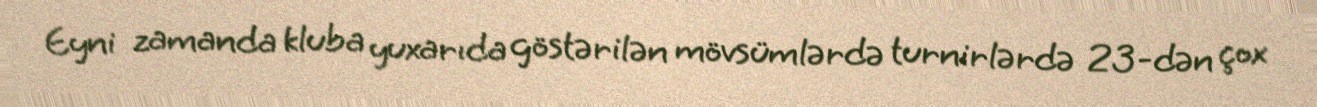
Eyni zamanda kluba yuxarıda göstərilən mövsümlərdə turnirlərdə 23-dən çox